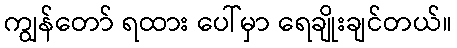
ကျွန်တော် ရထား ပေါ်မှာ ရေချိုးချင်တယ်။